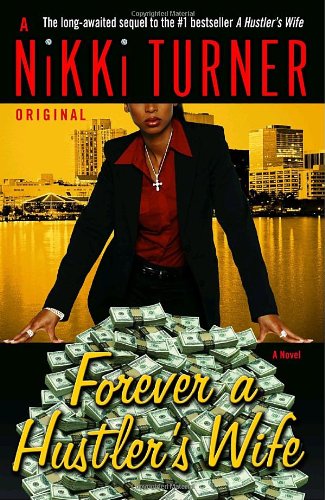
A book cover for Forever a Hustler's Wife: A Novel (Nikki Turner Original); Nikki Turner; Literature & Fiction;